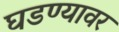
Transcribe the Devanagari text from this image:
घडण्यावर